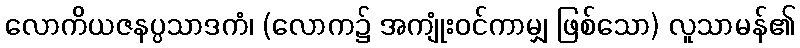
လောကိယဇနပ္ပသာဒကံ၊ (လောက၌ အကျုံးဝင်ကာမျှ ဖြစ်သော) လူသာမန်၏